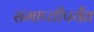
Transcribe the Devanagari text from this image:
समाप्‍तीपर्यंत